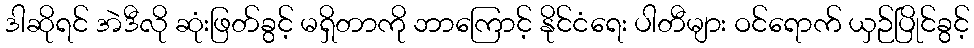
ဒါဆိုရင် အဲဒီလို ဆုံးဖြတ်ခွင့် မရှိတာကို ဘာကြောင့် နိုင်ငံရေး ပါတီများ ဝင်ရောက် ယှဉ်ပြိုင်ခွင့်